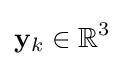
\mathbf {y} _{k}\in \mathbb {R} ^{3}